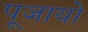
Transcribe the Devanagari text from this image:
पूजायो